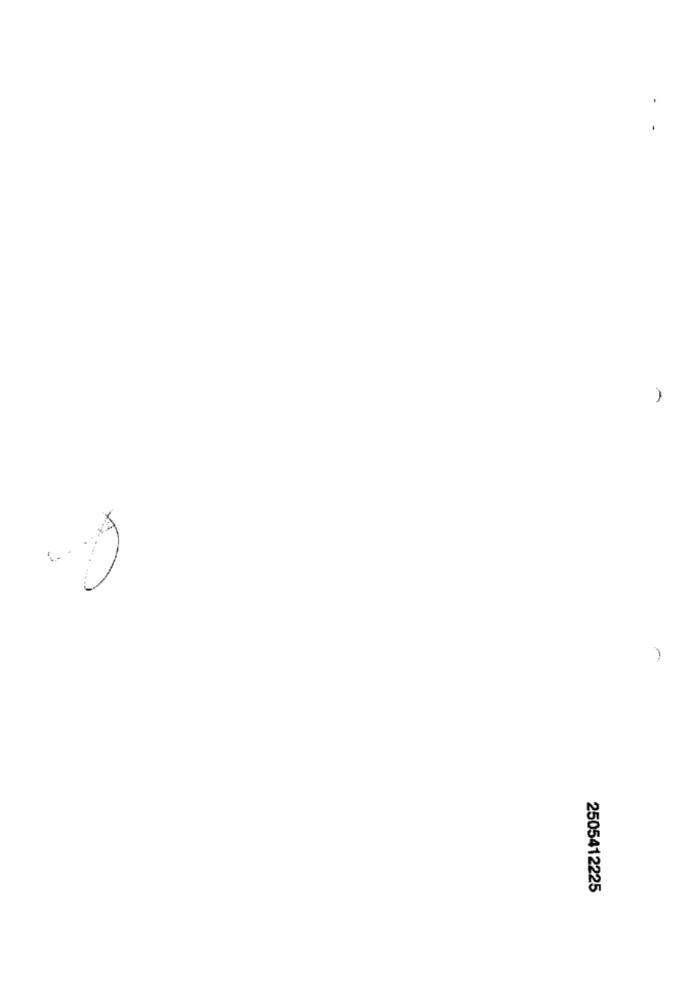
A
1. .
2505412225